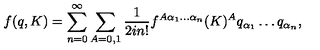
f ( q , K ) = \sum _ { n = 0 } ^ { \infty } \sum _ { A = 0 , 1 } \frac { 1 } { 2 i n ! } f ^ { A \alpha _ { 1 } \ldots \alpha _ { n } } ( K ) ^ { A } q _ { \alpha _ { 1 } } \ldots q _ { \alpha _ { n } } ,